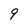
Character: 9